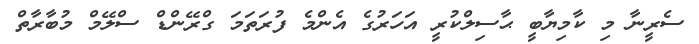
ސެރީނާ މި ކާމިޔާބީ ޙާސިލްކުރީ އަހަރުގެ އެންމެ ފުރަތަމަ ގްރޭންޑް ސްލޭމް މުބާރާތް